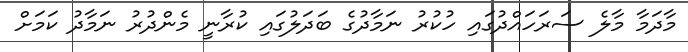
މާދަމާ މާލެ ސަރަހައްދުގައި ހުކުރު ނަމާދުގެ ބަދަލުގައި ކުރާނީ މެންދުރު ނަމާދު ކަމަށް